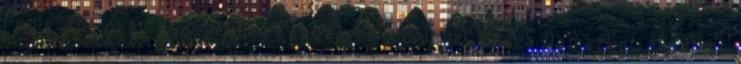
Fejlesztés van Budapesten fegyverbe mindenki Vissza Demszkyt aki alatt